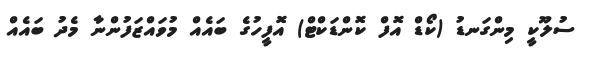
ސުލޫކީ މިންގަނޑު (ކޯޑް އޮފް ކޮންޑަކްޓް) އޮފީހުގެ ބައެއް މުވައްޒަފުންނާ މެދު ބައެއް